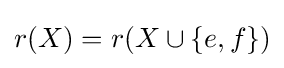
r(X)=r(X\cup \{e,f\})